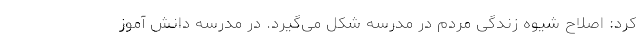
کرد: اصلاح شیوه زندگی مردم در مدرسه شکل می‌‌گیرد. در مدرسه دانش آموز